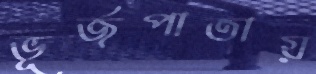
ভূর্জপাতায়